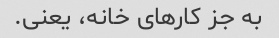
به جز کارهای خانه، یعنی.